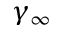
\gamma _ { \infty }